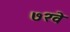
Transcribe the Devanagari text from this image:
७२वे